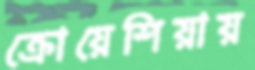
ক্রোয়েশিয়ায়